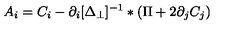
A _ { i } = C _ { i } - { \partial _ { i } } [ \Delta _ { \perp } ] ^ { - 1 } * ( \Pi + 2 \partial _ { j } C _ { j } )